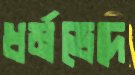
ধর্মভেদে